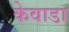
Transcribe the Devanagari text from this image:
केवाडा